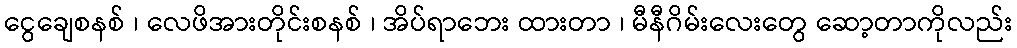
ငွေချေစနစ် ၊ လေဖိအားတိုင်းစနစ် ၊ အိပ်ရာဘေး ထားတာ ၊ မီနီဂိမ်းလေးတွေ ဆော့တာကိုလည်း